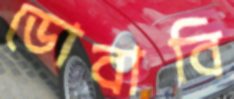
ডোবাবি